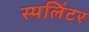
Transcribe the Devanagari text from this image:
स्पलिंटर